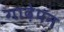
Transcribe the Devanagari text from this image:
गाढे़पन